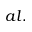
a l .